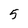
Character: 5